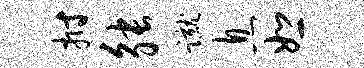
拊觖蹴息恕